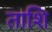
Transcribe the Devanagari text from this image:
ताशि